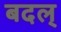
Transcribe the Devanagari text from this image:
बदल्